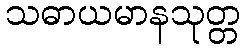
သဓာယမာနသုတ္တ